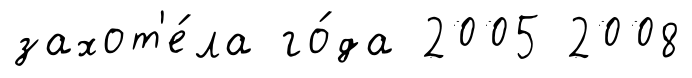
захот'е́ла го́да 2005 2008